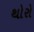
થોરો